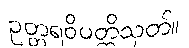
ဥတ္တရဝိပတ္တိသုတ်။